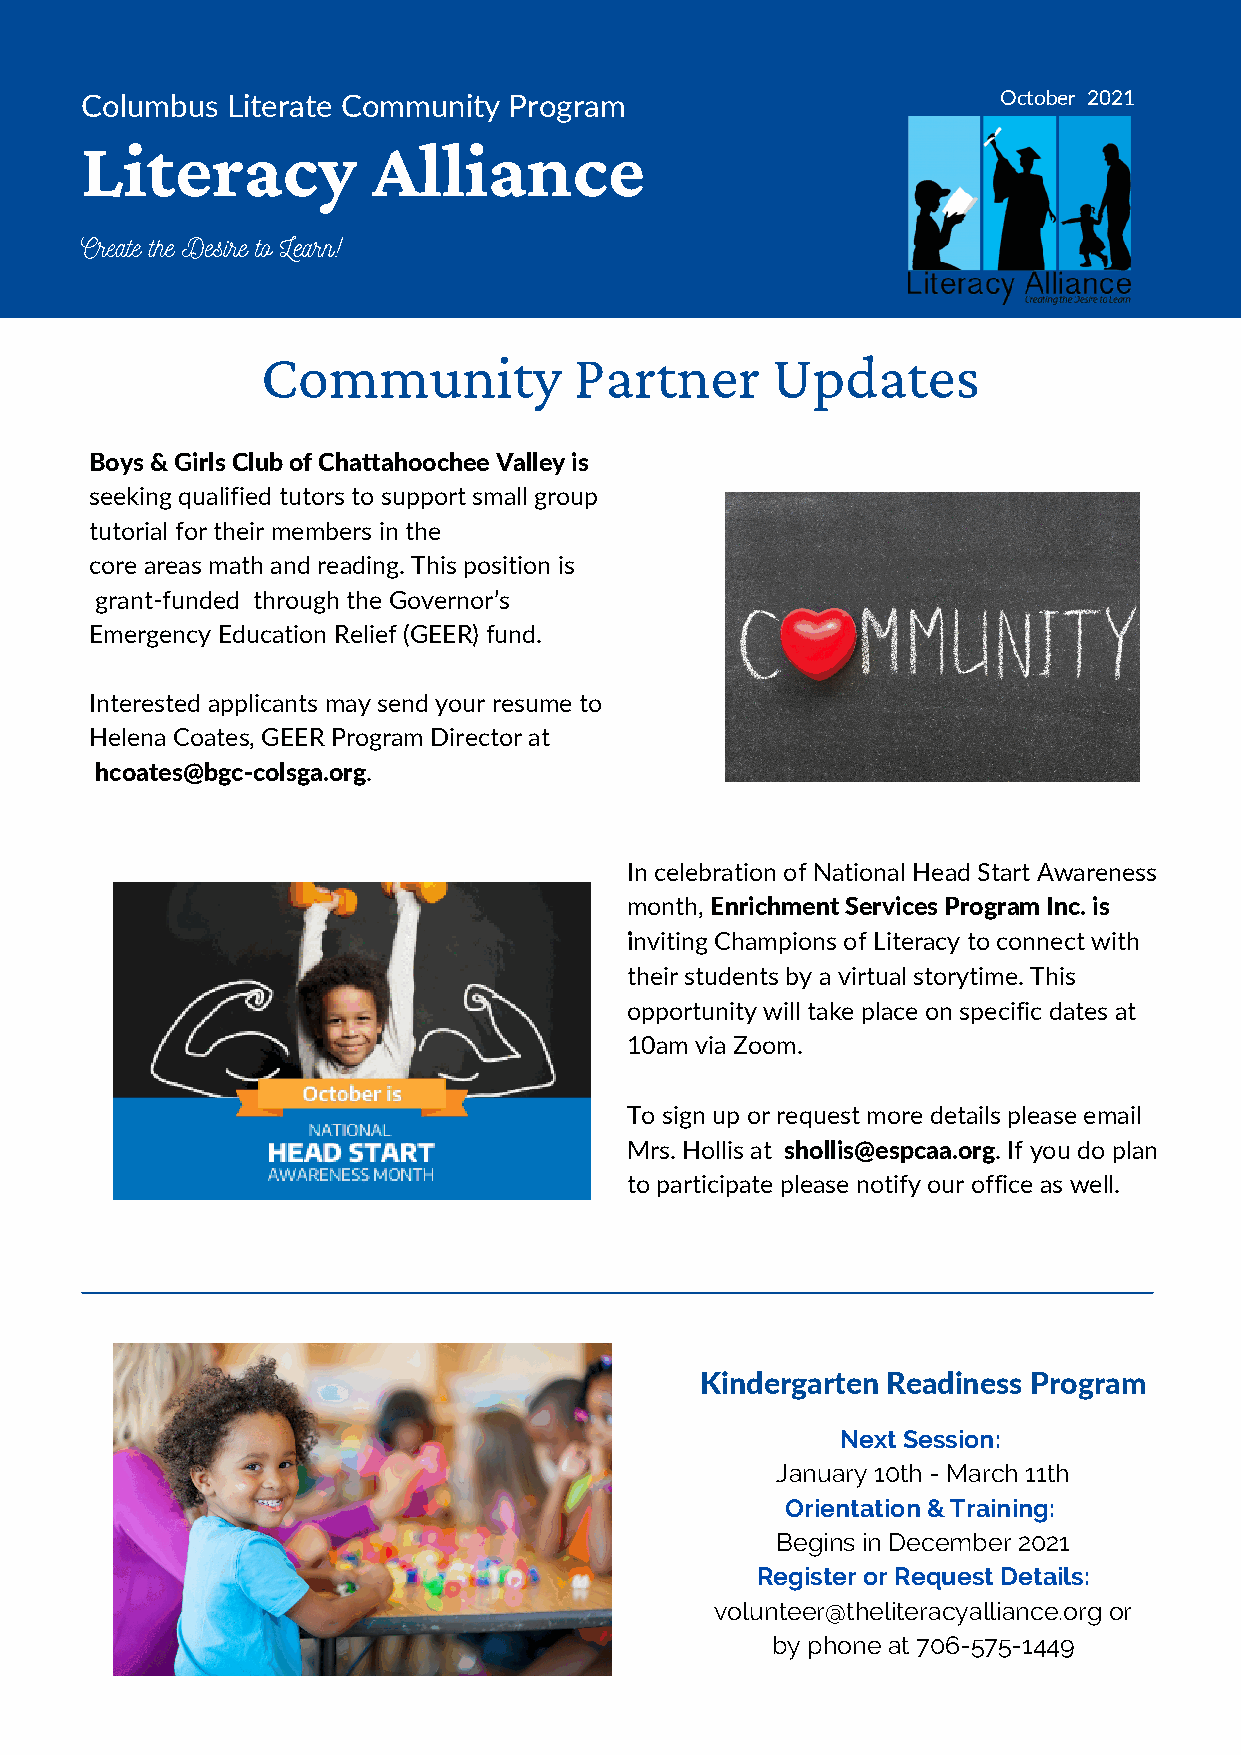
Columbus  Literate Community Program                         October 2021
 Literacy            Alliance
 Create the Desire to Learn!
 Community            Partner      Updates
 Boys & Girls Club of Chattahoochee Valley is
 seeking qualified tutors to support small group
 tutorial for their members in the
 core areas math and reading. This position is
 grant-funded through the Governor’s
 Emergency Education Relief (GEER) fund.
 Interested applicants may send your resume to
 Helena Coates, GEER Program Director at
 hcoates@bgc-colsga.org.
 In celebration of National Head Start Awareness
 month, Enrichment Services Program Inc. is
 inviting Champions of Literacy to connect with
 their students by a virtual storytime. This
 opportunity will take place on specific dates at
 10am via Zoom.
 To sign up or request more details please email
 Mrs. Hollis at shollis@espcaa.org. If you do plan
 to participate please notify our office as well.
 Kindergarten Readiness Program
 Next Session:
 January 10th - March 11th
 Orientation & Training:
 Begins in December 2021
 Register or Request Details:
 volunteer@theliteracyalliance.org or
 by phone at 706-575-1449